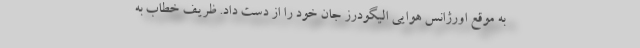
به موقع اورژانس هوایی الیگودرز جان خود را از دست داد. ظریف خطاب به